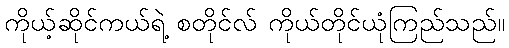
ကိုယ့်ဆိုင်ကယ်ရဲ့ စတိုင်လ် ကိုယ်တိုင်ယုံကြည်သည်။